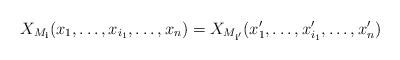
LaTeX: \begin{align*}X_{M_\mathbf i}(x_1, \dots, x_{i_1},\dots, x_n) = X_{M_{\mathbf i'}} (x_1', \dots, x_{i_1}', \dots, x_n')\end{align*}